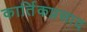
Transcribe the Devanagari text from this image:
कार्तिकप्रसाद